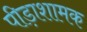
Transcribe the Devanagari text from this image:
पीड़ाशामक